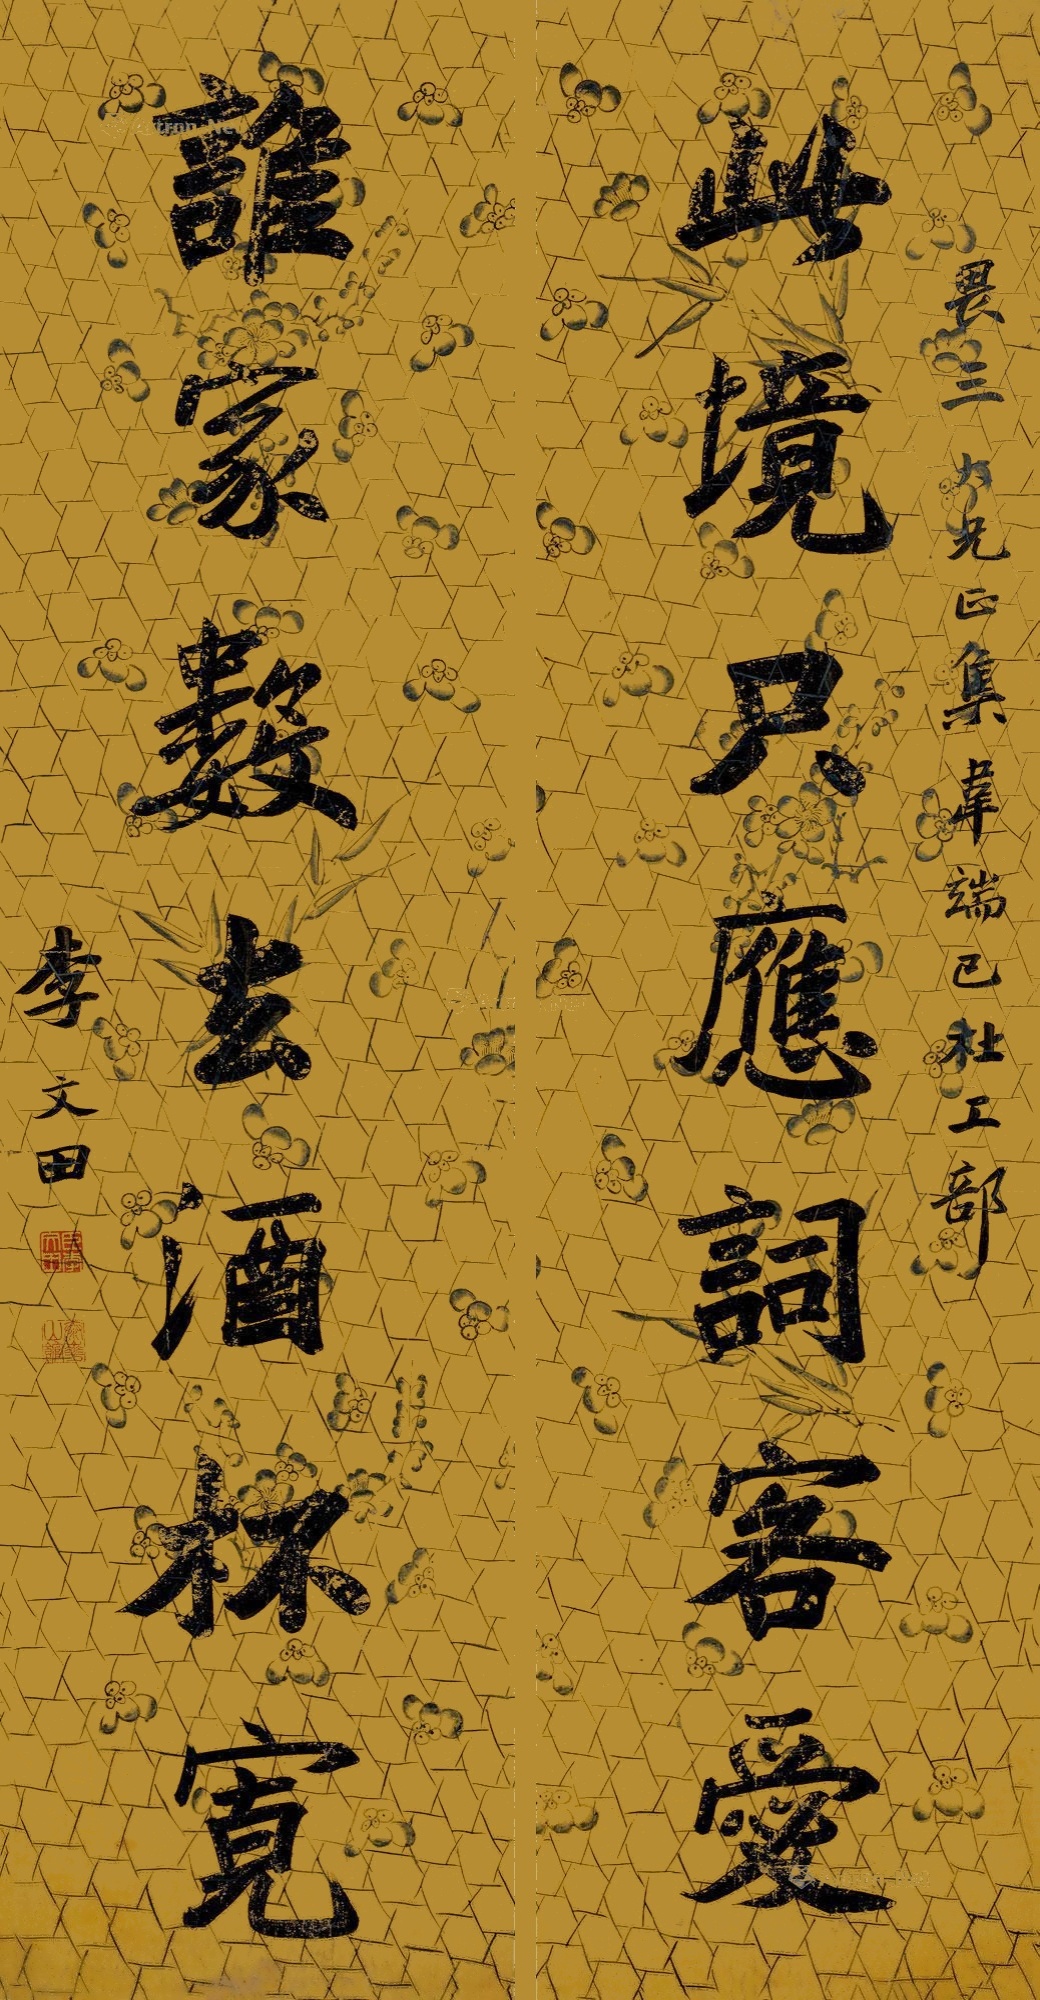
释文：此境只应词客爱，谁家数去酒杯宽。畏三大兄正集韦端已、杜工部，李文田。